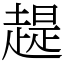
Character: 趧